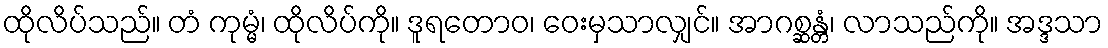
ထိုလိပ်သည်။ တံ ကုမ္မံ၊ ထိုလိပ်ကို။ ဒူရတောဝ၊ ဝေးမှသာလျှင်။ အာဂစ္ဆန္တံ၊ လာသည်ကို။ အဒ္ဒသာ